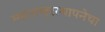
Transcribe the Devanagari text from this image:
महाराष्ट्रस्थापनेचा